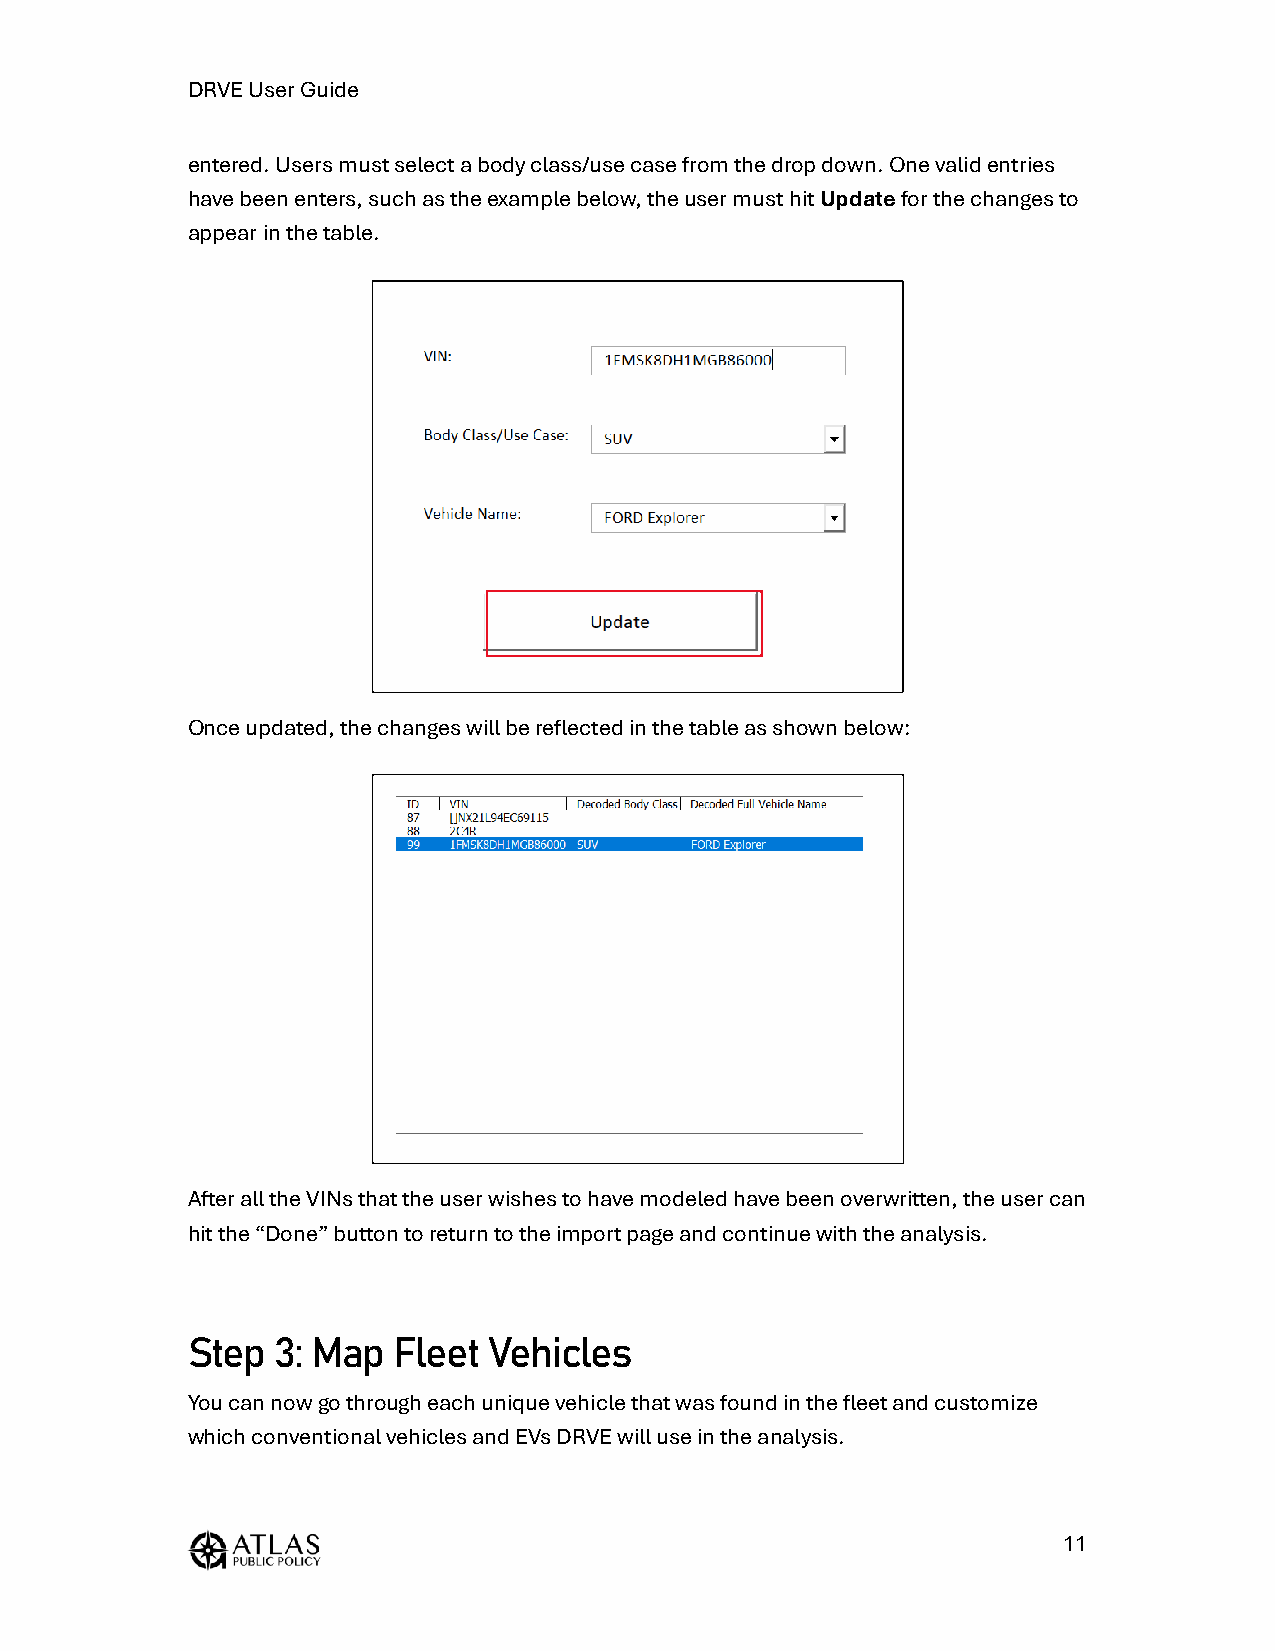
DRVE User Guide
 entered. Users must select a body class/use case from the drop down. One valid entries
 have been enters, such as the example below, the user must hit Update for the changes to
 appear in the table.
 Once updated, the changes will be reflected in the table as shown below:
 After all the VINs that the user wishes to have modeled have been overwritten, the user can
 hit the “Done” button to return to the import page and continue with the analysis.
 Step  3: Map  Fleet Vehicles
 You can now go through each unique vehicle that was found in the fleet and customize
 which conventional vehicles and EVs DRVE will use in the analysis.
 11